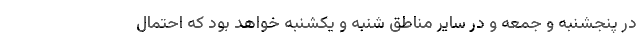
در پنجشنبه و جمعه و در سایر مناطق شنبه و یکشنبه خواهد بود که احتمال